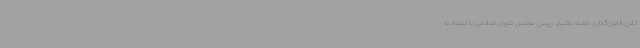
کلان قانون‌گذاری داشته باشیم. رییس مجلس شورای اسلامی با استناد به